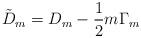
LaTeX: \begin{align*}{\tilde D}_{m}= D_{m}-\frac{1}{2}m\Gamma_{m}\end{align*}